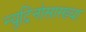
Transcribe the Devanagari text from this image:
न्युट्रिनोसारख्या